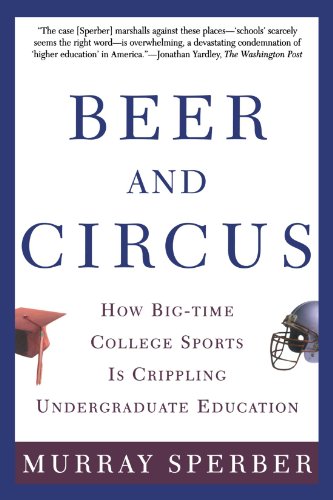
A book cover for Beer and Circus: How Big-Time College Sports Is Crippling Undergraduate Education; Murray Sperber; Sports & Outdoors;